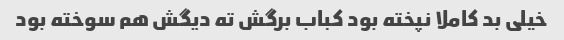
خیلی بد کاملا نپخته بود کباب برگش ته دیگش هم سوخته بود